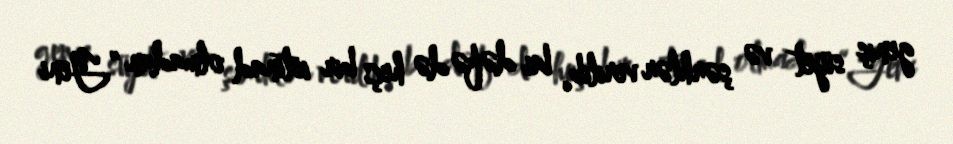
geniş süjet və şərhlər verilib, bu dəfə də heç bir istinad olmadan “Yeni